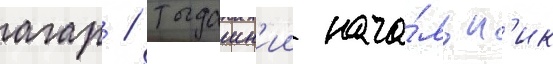
агар / тогдашн'ии нача́льн'ик